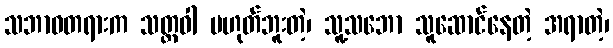
သဘာဝတရားက သတ္တဝါ မဟုတ်ဘူးတဲ့၊ သူ့သဘော သူဆောင်နေတဲ့ အရာတဲ့၊